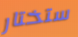
ستختار